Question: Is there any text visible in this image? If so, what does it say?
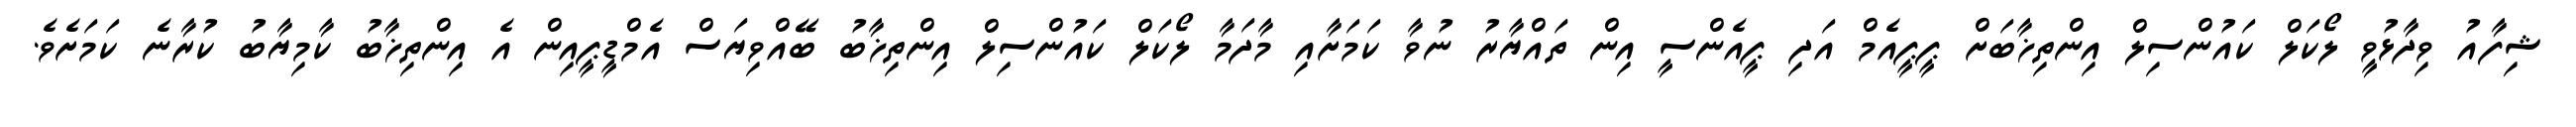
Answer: ޝިފާއު ވިދާޅުވީ ލޯކަލް ކައުންސިލް އިންތިޚާބަށް ޕީޕީއެމް އަދި ޕީއެންސީ އިން ތައްޔާރު ނުވާ ކަމަށާއި މާދަމާ ލޯކަލް ކައުންސިލް އިންތިޚާބު ބޭއްވިޔަސް އެމްޑީޕީއިން އެ އިންތިޚާބު ކާމިޔާބު ކުރާނެ ކަމަށެވެ.